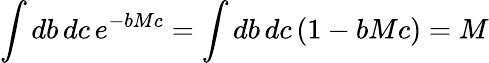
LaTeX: \int db\, dc\, e^{-bMc}=\int db\, dc\, (1-bMc)=M